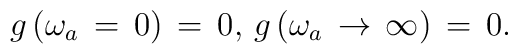
g\left( \omega _{a}\,=\,0\right) \,=\,0,\,g\left( \omega _{a}\,\rightarrow\,\infty \right) \,=\,0.